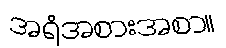
အရံအစားအစာ။